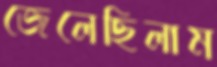
জেলেছিলাম